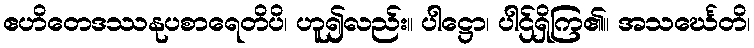
ဧဟိတေဒဿနုပစာရေတိပိ၊ ဟူ၍လည်း။ ပါဋ္ဌော၊ ပါဌ်ရှိကြ၏။ အသင်္ဃေတိ၊